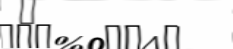
٥